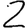
Digit: 2